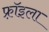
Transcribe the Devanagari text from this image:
फ़्रॉइला